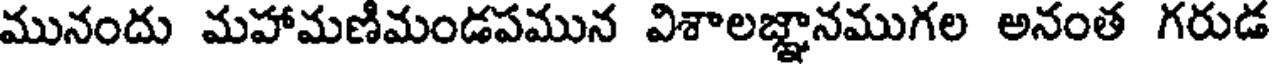
మునందు మహామణిమండపమున విశాలజ్ఞానముగల అనంత గరుడ